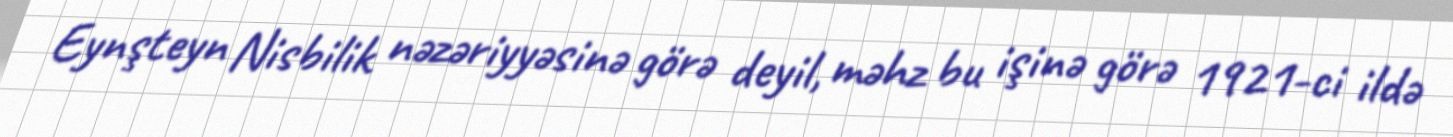
Eynşteyn Nisbilik nəzəriyyəsinə görə deyil, məhz bu işinə görə 1921-ci ildə